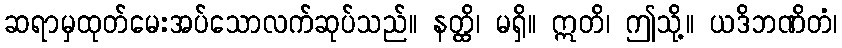
ဆရာမှထုတ်မေးအပ်သောလက်ဆုပ်သည်။ နတ္ထိ၊ မရှိ။ ဣတိ၊ ဤသို့။ ယဒိဘဏိတံ၊